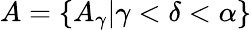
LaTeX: A=\{ A_{\gamma}|\gamma<\delta<\alpha\}